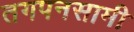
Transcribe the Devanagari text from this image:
तगपनसामी